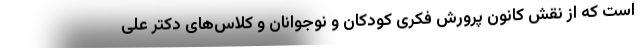
است که از نقش کانون پرورش فکری کودکان و نوجوانان و کلاس‌های دکتر علی